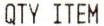
QTY ITEM